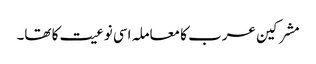
مشرکین عرب کا معاملہ اسی نوعیت کا تھا۔